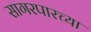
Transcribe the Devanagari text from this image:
सागरपारच्या